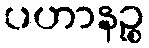
ပဟာနဉ္စ